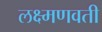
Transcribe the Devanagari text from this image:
लक्ष्मणवती